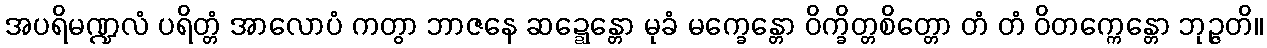
အပရိမဏ္ဍလံ ပရိတ္တံ အာလောပံ ကတွာ ဘာဇနေ ဆဍ္ဍေန္တော မုခံ မက္ခေန္တော ဝိက္ခိတ္တစိတ္တော တံ တံ ဝိတက္ကေန္တော ဘုဉ္ဇတိ။